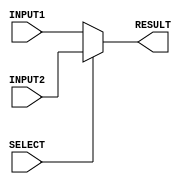
`timescale 1ns/100ps
module mux_2to1_32bits(RESULT, INPUT1, INPUT2, SELECT);

	// port declarartion
	input [31:0] INPUT1, INPUT2;
	input SELECT;
	output reg [31:0]RESULT;

	always @(*) begin
	
		if( SELECT == 1'b1 )
			
			RESULT = INPUT2;

		else

			RESULT = INPUT1;
	

	end	

endmodule